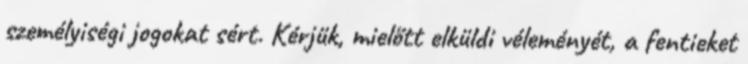
személyiségi jogokat sért. Kérjük, mielőtt elküldi véleményét, a fentieket